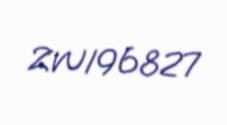
ZW196827